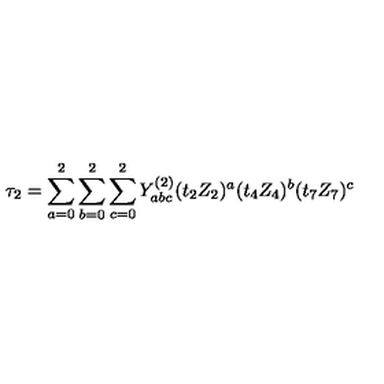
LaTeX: \tau _ { 2 } = \sum _ { a = 0 } ^ { 2 } \sum _ { b = 0 } ^ { 2 } \sum _ { c = 0 } ^ { 2 } Y _ { a b c } ^ { ( 2 ) } ( t _ { 2 } Z _ { 2 } ) ^ { a } ( t _ { 4 } Z _ { 4 } ) ^ { b } ( t _ { 7 } Z _ { 7 } ) ^ { c }